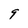
Character: 9